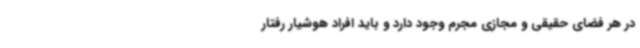
در هر فضای حقیقی و مجازی مجرم وجود دارد و باید افراد هوشیار رفتار